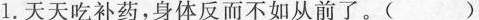
1.天天吃补药，身体反而不如从前了。()